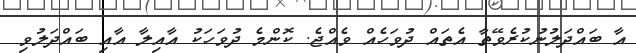
އާ ބައްދަލުނުކުރެވޭތާ އެތައް ދުވަހެއް ވެއްޖެ. ކޮންމެ ދުވަހަކު އާއިލާ އާއި ބައްދަލުވި